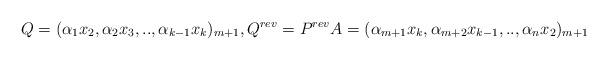
LaTeX: \begin{align*}Q=(\alpha_{1}x_{2},\alpha_{2}x_{3},..,\alpha_{k-1}x_{k})_{m+1},Q^{rev}=P^{rev}A=(\alpha_{m+1}x_{k},\alpha_{m+2}x_{k-1},..,\alpha_{n}x_{2})_{m+1}\end{align*}